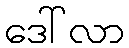
ဒေါ်လာ